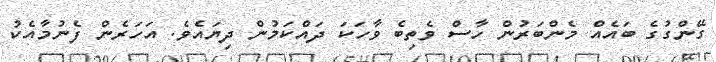
ގޭންގުގެ ބައެއް މެންބަރުން ހާސް ވެތިބެ ވާހަކަ ދައްކަމުން ދިޔައެވެ. އަހަރެން ފެނުމާއެކު